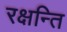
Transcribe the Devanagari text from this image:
रक्षन्ति